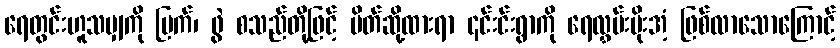
ရေတွင်းဟူသမျှကို မြက်၊ ဖွဲ စသည်တို့ဖြင့် ပိတ်ဆို့ထားရာ ၎င်းင်းရွာကို ရေလွှမ်းမိုးအံ့ ဖြစ်လာသောကြောင့်